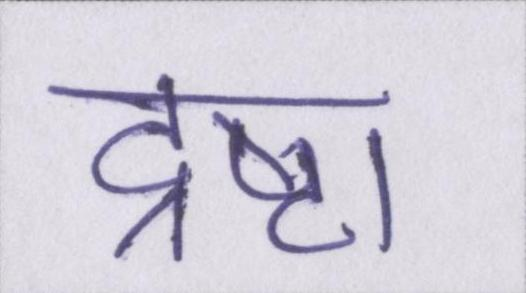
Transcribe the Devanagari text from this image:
द्रष्टा